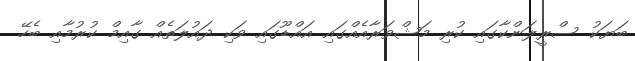
ބަޔަކު ސްރީލަންކާގައި ކުރި މަޝްވަރާއެއްގައި އައްޑޫގައި ވަކި ދައުލަތެއް ގާއިމް ކުރުމާއި ބެހޭ